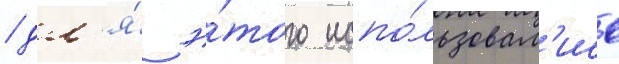
/ дл'я́ э́того испо́льзовал'ись